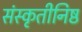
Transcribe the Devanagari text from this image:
संस्कृतीनिष्ठ